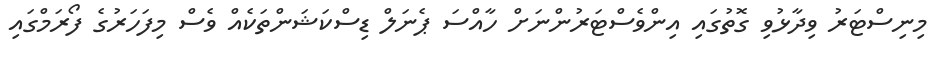
މިނިސްޓަރު ވިދާޅުވި ގޮތުގައި އިންވެސްޓަރުންނަށް ހާއްސަ ޕެނަލް ޑިސްކަޝަންތަކެއް ވެސް މިފަހަރުގެ ފޯރަމްގައި